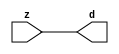

//------> ./rtl_mgc_ioport.v 
//------------------------------------------------------------------
//                M G C _ I O P O R T _ C O M P S
//------------------------------------------------------------------

//------------------------------------------------------------------
//                       M O D U L E S
//------------------------------------------------------------------

//------------------------------------------------------------------
//-- INPUT ENTITIES
//------------------------------------------------------------------

module mgc_in_wire (d, z);

  parameter integer rscid = 1;
  parameter integer width = 8;

  output [width-1:0] d;
  input  [width-1:0] z;

  wire   [width-1:0] d;

  assign d = z;

endmodule

//------------------------------------------------------------------

module mgc_in_wire_en (ld, d, lz, z);

  parameter integer rscid = 1;
  parameter integer width = 8;

  input              ld;
  output [width-1:0] d;
  output             lz;
  input  [width-1:0] z;

  wire   [width-1:0] d;
  wire               lz;

  assign d = z;
  assign lz = ld;

endmodule

//------------------------------------------------------------------

module mgc_in_wire_wait (ld, vd, d, lz, vz, z);

  parameter integer rscid = 1;
  parameter integer width = 8;

  input              ld;
  output             vd;
  output [width-1:0] d;
  output             lz;
  input              vz;
  input  [width-1:0] z;

  wire               vd;
  wire   [width-1:0] d;
  wire               lz;

  assign d = z;
  assign lz = ld;
  assign vd = vz;

endmodule
//------------------------------------------------------------------

module mgc_chan_in (ld, vd, d, lz, vz, z, size, req_size, sizez, sizelz);

  parameter integer rscid = 1;
  parameter integer width = 8;
  parameter integer sz_width = 8;

  input              ld;
  output             vd;
  output [width-1:0] d;
  output             lz;
  input              vz;
  input  [width-1:0] z;
  output [sz_width-1:0] size;
  input              req_size;
  input  [sz_width-1:0] sizez;
  output             sizelz;


  wire               vd;
  wire   [width-1:0] d;
  wire               lz;
  wire   [sz_width-1:0] size;
  wire               sizelz;

  assign d = z;
  assign lz = ld;
  assign vd = vz;
  assign size = sizez;
  assign sizelz = req_size;

endmodule


//------------------------------------------------------------------
//-- OUTPUT ENTITIES
//------------------------------------------------------------------

module mgc_out_stdreg (d, z);

  parameter integer rscid = 1;
  parameter integer width = 8;

  input    [width-1:0] d;
  output   [width-1:0] z;

  wire     [width-1:0] z;

  assign z = d;

endmodule

//------------------------------------------------------------------

module mgc_out_stdreg_en (ld, d, lz, z);

  parameter integer rscid = 1;
  parameter integer width = 8;

  input              ld;
  input  [width-1:0] d;
  output             lz;
  output [width-1:0] z;

  wire               lz;
  wire   [width-1:0] z;

  assign z = d;
  assign lz = ld;

endmodule

//------------------------------------------------------------------

module mgc_out_stdreg_wait (ld, vd, d, lz, vz, z);

  parameter integer rscid = 1;
  parameter integer width = 8;

  input              ld;
  output             vd;
  input  [width-1:0] d;
  output             lz;
  input              vz;
  output [width-1:0] z;

  wire               vd;
  wire               lz;
  wire   [width-1:0] z;

  assign z = d;
  assign lz = ld;
  assign vd = vz;

endmodule

//------------------------------------------------------------------

module mgc_out_prereg_en (ld, d, lz, z);

    parameter integer rscid = 1;
    parameter integer width = 8;

    input              ld;
    input  [width-1:0] d;
    output             lz;
    output [width-1:0] z;

    wire               lz;
    wire   [width-1:0] z;

    assign z = d;
    assign lz = ld;

endmodule

//------------------------------------------------------------------
//-- INOUT ENTITIES
//------------------------------------------------------------------

module mgc_inout_stdreg_en (ldin, din, ldout, dout, lzin, lzout, z);

    parameter integer rscid = 1;
    parameter integer width = 8;

    input              ldin;
    output [width-1:0] din;
    input              ldout;
    input  [width-1:0] dout;
    output             lzin;
    output             lzout;
    inout  [width-1:0] z;

    wire   [width-1:0] din;
    wire               lzin;
    wire               lzout;
    wire   [width-1:0] z;

    assign lzin = ldin;
    assign din = ldin ? z : {width{1'bz}};
    assign lzout = ldout;
    assign z = ldout ? dout : {width{1'bz}};

endmodule

//------------------------------------------------------------------
module hid_tribuf( I_SIG, ENABLE, O_SIG);
  parameter integer width = 8;

  input [width-1:0] I_SIG;
  input ENABLE;
  inout [width-1:0] O_SIG;

  assign O_SIG = (ENABLE) ? I_SIG : { width{1'bz}};

endmodule
//------------------------------------------------------------------

module mgc_inout_stdreg_wait (ldin, vdin, din, ldout, vdout, dout, lzin, vzin, lzout, vzout, z);

    parameter integer rscid = 1;
    parameter integer width = 8;

    input              ldin;
    output             vdin;
    output [width-1:0] din;
    input              ldout;
    output             vdout;
    input  [width-1:0] dout;
    output             lzin;
    input              vzin;
    output             lzout;
    input              vzout;
    inout  [width-1:0] z;

    wire               vdin;
    wire   [width-1:0] din;
    wire               vdout;
    wire               lzin;
    wire               lzout;
    wire   [width-1:0] z;
    wire   ldout_and_vzout;

    assign lzin = ldin;
    assign vdin = vzin;
    assign din = ldin ? z : {width{1'bz}};
    assign lzout = ldout;
    assign vdout = vzout ;
    assign ldout_and_vzout = ldout && vzout ;

    hid_tribuf #(width) tb( .I_SIG(dout),
                            .ENABLE(ldout_and_vzout),
                            .O_SIG(z) );

endmodule

//------------------------------------------------------------------

module mgc_inout_buf_wait (clk, en, arst, srst, ldin, vdin, din, ldout, vdout, dout, lzin, vzin, lzout, vzout, z);

    parameter integer rscid   = 0; // resource ID
    parameter integer width   = 8; // fifo width
    parameter         ph_clk  =  1'b1; // clock polarity 1=rising edge, 0=falling edge
    parameter         ph_en   =  1'b1; // clock enable polarity
    parameter         ph_arst =  1'b1; // async reset polarity
    parameter         ph_srst =  1'b1; // sync reset polarity

    input              clk;
    input              en;
    input              arst;
    input              srst;
    input              ldin;
    output             vdin;
    output [width-1:0] din;
    input              ldout;
    output             vdout;
    input  [width-1:0] dout;
    output             lzin;
    input              vzin;
    output             lzout;
    input              vzout;
    inout  [width-1:0] z;

    wire               lzout_buf;
    wire               vzout_buf;
    wire   [width-1:0] z_buf;
    wire               vdin;
    wire   [width-1:0] din;
    wire               vdout;
    wire               lzin;
    wire               lzout;
    wire   [width-1:0] z;

    assign lzin = ldin;
    assign vdin = vzin;
    assign din = ldin ? z : {width{1'bz}};
    assign lzout = lzout_buf & ~ldin;
    assign vzout_buf = vzout & ~ldin;
    hid_tribuf #(width) tb( .I_SIG(z_buf),
                            .ENABLE((lzout_buf && (!ldin) && vzout) ),
                            .O_SIG(z)  );

    mgc_out_buf_wait
    #(
        .rscid   (rscid),
        .width   (width),
        .ph_clk  (ph_clk),
        .ph_en   (ph_en),
        .ph_arst (ph_arst),
        .ph_srst (ph_srst)
    )
    BUFF
    (
        .clk     (clk),
        .en      (en),
        .arst    (arst),
        .srst    (srst),
        .ld      (ldout),
        .vd      (vdout),
        .d       (dout),
        .lz      (lzout_buf),
        .vz      (vzout_buf),
        .z       (z_buf)
    );


endmodule

module mgc_inout_fifo_wait (clk, en, arst, srst, ldin, vdin, din, ldout, vdout, dout, lzin, vzin, lzout, vzout, z);

    parameter integer rscid   = 0; // resource ID
    parameter integer width   = 8; // fifo width
    parameter integer fifo_sz = 8; // fifo depth
    parameter         ph_clk  = 1'b1;  // clock polarity 1=rising edge, 0=falling edge
    parameter         ph_en   = 1'b1;  // clock enable polarity
    parameter         ph_arst = 1'b1;  // async reset polarity
    parameter         ph_srst = 1'b1;  // sync reset polarity
    parameter integer ph_log2 = 3;     // log2(fifo_sz)
    parameter integer pwropt  = 0;     // pwropt

    input              clk;
    input              en;
    input              arst;
    input              srst;
    input              ldin;
    output             vdin;
    output [width-1:0] din;
    input              ldout;
    output             vdout;
    input  [width-1:0] dout;
    output             lzin;
    input              vzin;
    output             lzout;
    input              vzout;
    inout  [width-1:0] z;

    wire               lzout_buf;
    wire               vzout_buf;
    wire   [width-1:0] z_buf;
    wire               comb;
    wire               vdin;
    wire   [width-1:0] din;
    wire               vdout;
    wire               lzin;
    wire               lzout;
    wire   [width-1:0] z;

    assign lzin = ldin;
    assign vdin = vzin;
    assign din = ldin ? z : {width{1'bz}};
    assign lzout = lzout_buf & ~ldin;
    assign vzout_buf = vzout & ~ldin;
    assign comb = (lzout_buf && (!ldin) && vzout);

    hid_tribuf #(width) tb2( .I_SIG(z_buf), .ENABLE(comb), .O_SIG(z)  );

    mgc_out_fifo_wait
    #(
        .rscid   (rscid),
        .width   (width),
        .fifo_sz (fifo_sz),
        .ph_clk  (ph_clk),
        .ph_en   (ph_en),
        .ph_arst (ph_arst),
        .ph_srst (ph_srst),
        .ph_log2 (ph_log2),
        .pwropt  (pwropt)
    )
    FIFO
    (
        .clk   (clk),
        .en      (en),
        .arst    (arst),
        .srst    (srst),
        .ld      (ldout),
        .vd      (vdout),
        .d       (dout),
        .lz      (lzout_buf),
        .vz      (vzout_buf),
        .z       (z_buf)
    );

endmodule

//------------------------------------------------------------------
//-- I/O SYNCHRONIZATION ENTITIES
//------------------------------------------------------------------

module mgc_io_sync (ld, lz);

    input  ld;
    output lz;

    assign lz = ld;

endmodule

module mgc_bsync_rdy (rd, rz);

    parameter integer rscid   = 0; // resource ID
    parameter ready = 1;
    parameter valid = 0;

    input  rd;
    output rz;

    wire   rz;

    assign rz = rd;

endmodule

module mgc_bsync_vld (vd, vz);

    parameter integer rscid   = 0; // resource ID
    parameter ready = 0;
    parameter valid = 1;

    output vd;
    input  vz;

    wire   vd;

    assign vd = vz;

endmodule

module mgc_bsync_rv (rd, vd, rz, vz);

    parameter integer rscid   = 0; // resource ID
    parameter ready = 1;
    parameter valid = 1;

    input  rd;
    output vd;
    output rz;
    input  vz;

    wire   vd;
    wire   rz;

    assign rz = rd;
    assign vd = vz;

endmodule

//------------------------------------------------------------------

module mgc_sync (ldin, vdin, ldout, vdout);

  input  ldin;
  output vdin;
  input  ldout;
  output vdout;

  wire   vdin;
  wire   vdout;

  assign vdin = ldout;
  assign vdout = ldin;

endmodule

///////////////////////////////////////////////////////////////////////////////
// dummy function used to preserve funccalls for modulario
// it looks like a memory read to the caller
///////////////////////////////////////////////////////////////////////////////
module funccall_inout (d, ad, bd, z, az, bz);

  parameter integer ram_id = 1;
  parameter integer width = 8;
  parameter integer addr_width = 8;

  output [width-1:0]       d;
  input  [addr_width-1:0]  ad;
  input                    bd;
  input  [width-1:0]       z;
  output [addr_width-1:0]  az;
  output                   bz;

  wire   [width-1:0]       d;
  wire   [addr_width-1:0]  az;
  wire                     bz;

  assign d  = z;
  assign az = ad;
  assign bz = bd;

endmodule


///////////////////////////////////////////////////////////////////////////////
// inlinable modular io not otherwise found in mgc_ioport
///////////////////////////////////////////////////////////////////////////////

module modulario_en_in (vd, d, vz, z);

  parameter integer rscid = 1;
  parameter integer width = 8;

  output             vd;
  output [width-1:0] d;
  input              vz;
  input  [width-1:0] z;

  wire   [width-1:0] d;
  wire               vd;

  assign d = z;
  assign vd = vz;

endmodule

//------> ./rtl_mgc_ioport_v2001.v 
//------------------------------------------------------------------

module mgc_out_reg_pos (clk, en, arst, srst, ld, d, lz, z);

    parameter integer rscid   = 1;
    parameter integer width   = 8;
    parameter         ph_en   =  1'b1;
    parameter         ph_arst =  1'b1;
    parameter         ph_srst =  1'b1;

    input              clk;
    input              en;
    input              arst;
    input              srst;
    input              ld;
    input  [width-1:0] d;
    output             lz;
    output [width-1:0] z;

    reg                lz;
    reg    [width-1:0] z;

    generate
    if (ph_arst == 1'b0)
    begin: NEG_ARST
        always @(posedge clk or negedge arst)
        if (arst == 1'b0)
        begin: B1
            lz <= 1'b0;
            z  <= {width{1'b0}};
        end
        else if (srst == ph_srst)
        begin: B2
            lz <= 1'b0;
            z  <= {width{1'b0}};
        end
        else if (en == ph_en)
        begin: B3
            lz <= ld;
            z  <= (ld) ? d : z;
        end
    end
    else
    begin: POS_ARST
        always @(posedge clk or posedge arst)
        if (arst == 1'b1)
        begin: B1
            lz <= 1'b0;
            z  <= {width{1'b0}};
        end
        else if (srst == ph_srst)
        begin: B2
            lz <= 1'b0;
            z  <= {width{1'b0}};
        end
        else if (en == ph_en)
        begin: B3
            lz <= ld;
            z  <= (ld) ? d : z;
        end
    end
    endgenerate

endmodule

//------------------------------------------------------------------

module mgc_out_reg_neg (clk, en, arst, srst, ld, d, lz, z);

    parameter integer rscid   = 1;
    parameter integer width   = 8;
    parameter         ph_en   =  1'b1;
    parameter         ph_arst =  1'b1;
    parameter         ph_srst =  1'b1;

    input              clk;
    input              en;
    input              arst;
    input              srst;
    input              ld;
    input  [width-1:0] d;
    output             lz;
    output [width-1:0] z;

    reg                lz;
    reg    [width-1:0] z;

    generate
    if (ph_arst == 1'b0)
    begin: NEG_ARST
        always @(negedge clk or negedge arst)
        if (arst == 1'b0)
        begin: B1
            lz <= 1'b0;
            z  <= {width{1'b0}};
        end
        else if (srst == ph_srst)
        begin: B2
            lz <= 1'b0;
            z  <= {width{1'b0}};
        end
        else if (en == ph_en)
        begin: B3
            lz <= ld;
            z  <= (ld) ? d : z;
        end
    end
    else
    begin: POS_ARST
        always @(negedge clk or posedge arst)
        if (arst == 1'b1)
        begin: B1
            lz <= 1'b0;
            z  <= {width{1'b0}};
        end
        else if (srst == ph_srst)
        begin: B2
            lz <= 1'b0;
            z  <= {width{1'b0}};
        end
        else if (en == ph_en)
        begin: B3
            lz <= ld;
            z  <= (ld) ? d : z;
        end
    end
    endgenerate

endmodule

//------------------------------------------------------------------

module mgc_out_reg (clk, en, arst, srst, ld, d, lz, z); // Not Supported

    parameter integer rscid   = 1;
    parameter integer width   = 8;
    parameter         ph_clk  =  1'b1;
    parameter         ph_en   =  1'b1;
    parameter         ph_arst =  1'b1;
    parameter         ph_srst =  1'b1;

    input              clk;
    input              en;
    input              arst;
    input              srst;
    input              ld;
    input  [width-1:0] d;
    output             lz;
    output [width-1:0] z;


    generate
    if (ph_clk == 1'b0)
    begin: NEG_EDGE

        mgc_out_reg_neg
        #(
            .rscid   (rscid),
            .width   (width),
            .ph_en   (ph_en),
            .ph_arst (ph_arst),
            .ph_srst (ph_srst)
        )
        mgc_out_reg_neg_inst
        (
            .clk     (clk),
            .en      (en),
            .arst    (arst),
            .srst    (srst),
            .ld      (ld),
            .d       (d),
            .lz      (lz),
            .z       (z)
        );

    end
    else
    begin: POS_EDGE

        mgc_out_reg_pos
        #(
            .rscid   (rscid),
            .width   (width),
            .ph_en   (ph_en),
            .ph_arst (ph_arst),
            .ph_srst (ph_srst)
        )
        mgc_out_reg_pos_inst
        (
            .clk     (clk),
            .en      (en),
            .arst    (arst),
            .srst    (srst),
            .ld      (ld),
            .d       (d),
            .lz      (lz),
            .z       (z)
        );

    end
    endgenerate

endmodule




//------------------------------------------------------------------

module mgc_out_buf_wait (clk, en, arst, srst, ld, vd, d, vz, lz, z); // Not supported

    parameter integer rscid   = 1;
    parameter integer width   = 8;
    parameter         ph_clk  =  1'b1;
    parameter         ph_en   =  1'b1;
    parameter         ph_arst =  1'b1;
    parameter         ph_srst =  1'b1;

    input              clk;
    input              en;
    input              arst;
    input              srst;
    input              ld;
    output             vd;
    input  [width-1:0] d;
    output             lz;
    input              vz;
    output [width-1:0] z;

    wire               filled;
    wire               filled_next;
    wire   [width-1:0] abuf;
    wire               lbuf;


    assign filled_next = (filled & (~vz)) | (filled & ld) | (ld & (~vz));

    assign lbuf = ld & ~(filled ^ vz);

    assign vd = vz | ~filled;

    assign lz = ld | filled;

    assign z = (filled) ? abuf : d;

    wire dummy;
    wire dummy_bufreg_lz;

    // Output registers:
    mgc_out_reg
    #(
        .rscid   (rscid),
        .width   (1'b1),
        .ph_clk  (ph_clk),
        .ph_en   (ph_en),
        .ph_arst (ph_arst),
        .ph_srst (ph_srst)
    )
    STATREG
    (
        .clk     (clk),
        .en      (en),
        .arst    (arst),
        .srst    (srst),
        .ld      (filled_next),
        .d       (1'b0),       // input d is unused
        .lz      (filled),
        .z       (dummy)            // output z is unused
    );

    mgc_out_reg
    #(
        .rscid   (rscid),
        .width   (width),
        .ph_clk  (ph_clk),
        .ph_en   (ph_en),
        .ph_arst (ph_arst),
        .ph_srst (ph_srst)
    )
    BUFREG
    (
        .clk     (clk),
        .en      (en),
        .arst    (arst),
        .srst    (srst),
        .ld      (lbuf),
        .d       (d),
        .lz      (dummy_bufreg_lz),
        .z       (abuf)
    );

endmodule

//------------------------------------------------------------------

module mgc_out_fifo_wait (clk, en, arst, srst, ld, vd, d, lz, vz,  z);

    parameter integer rscid   = 0; // resource ID
    parameter integer width   = 8; // fifo width
    parameter integer fifo_sz = 8; // fifo depth
    parameter         ph_clk  = 1'b1; // clock polarity 1=rising edge, 0=falling edge
    parameter         ph_en   = 1'b1; // clock enable polarity
    parameter         ph_arst = 1'b1; // async reset polarity
    parameter         ph_srst = 1'b1; // sync reset polarity
    parameter integer ph_log2 = 3; // log2(fifo_sz)
    parameter integer pwropt  = 0; // pwropt


    input                 clk;
    input                 en;
    input                 arst;
    input                 srst;
    input                 ld;    // load data
    output                vd;    // fifo full active low
    input     [width-1:0] d;
    output                lz;    // fifo ready to send
    input                 vz;    // dest ready for data
    output    [width-1:0] z;

    wire    [31:0]      size;


      // Output registers:
 mgc_out_fifo_wait_core#(
        .rscid   (rscid),
        .width   (width),
        .sz_width (32),
        .fifo_sz (fifo_sz),
        .ph_clk  (ph_clk),
        .ph_en   (ph_en),
        .ph_arst (ph_arst),
        .ph_srst (ph_srst),
        .ph_log2 (ph_log2),
        .pwropt  (pwropt)
        ) CORE (
        .clk (clk),
        .en (en),
        .arst (arst),
        .srst (srst),
        .ld (ld),
        .vd (vd),
        .d (d),
        .lz (lz),
        .vz (vz),
        .z (z),
        .size (size)
        );

endmodule



module mgc_out_fifo_wait_core (clk, en, arst, srst, ld, vd, d, lz, vz,  z, size);

    parameter integer rscid   = 0; // resource ID
    parameter integer width   = 8; // fifo width
    parameter integer sz_width = 8; // size of port for elements in fifo
    parameter integer fifo_sz = 8; // fifo depth
    parameter         ph_clk  =  1'b1; // clock polarity 1=rising edge, 0=falling edge
    parameter         ph_en   =  1'b1; // clock enable polarity
    parameter         ph_arst =  1'b1; // async reset polarity
    parameter         ph_srst =  1'b1; // sync reset polarity
    parameter integer ph_log2 = 3; // log2(fifo_sz)
    parameter integer pwropt  = 0; // pwropt

   localparam integer  fifo_b = width * fifo_sz;

    input                 clk;
    input                 en;
    input                 arst;
    input                 srst;
    input                 ld;    // load data
    output                vd;    // fifo full active low
    input     [width-1:0] d;
    output                lz;    // fifo ready to send
    input                 vz;    // dest ready for data
    output    [width-1:0] z;
    output    [sz_width-1:0]      size;

    reg      [( (fifo_sz > 0) ? fifo_sz : 1)-1:0] stat_pre;
    wire     [( (fifo_sz > 0) ? fifo_sz : 1)-1:0] stat;
    reg      [( (fifo_b > 0) ? fifo_b : 1)-1:0] buff_pre;
    wire     [( (fifo_b > 0) ? fifo_b : 1)-1:0] buff;
    reg      [( (fifo_sz > 0) ? fifo_sz : 1)-1:0] en_l;
    reg      [(((fifo_sz > 0) ? fifo_sz : 1)-1)/8:0] en_l_s;

    reg       [width-1:0] buff_nxt;

    reg                   stat_nxt;
    reg                   stat_before;
    reg                   stat_after;
    reg                   en_l_var;

    integer               i;
    genvar                eni;

    wire [32:0]           size_t;
    reg [31:0]            count;
    reg [31:0]            count_t;
    reg [32:0]            n_elem;
// pragma translate_off
    reg [31:0]            peak;
// pragma translate_on

    wire [( (fifo_sz > 0) ? fifo_sz : 1)-1:0] dummy_statreg_lz;
    wire [( (fifo_b > 0) ? fifo_b : 1)-1:0] dummy_bufreg_lz;

    generate
    if ( fifo_sz > 0 )
    begin: FIFO_REG
      assign vd = vz | ~stat[0];
      assign lz = ld | stat[fifo_sz-1];
      assign size_t = (count - (vz && stat[fifo_sz-1])) + ld;
      assign size = size_t[sz_width-1:0];
      assign z = (stat[fifo_sz-1]) ? buff[fifo_b-1:width*(fifo_sz-1)] : d;

      always @(*)
      begin: FIFOPROC
        n_elem = 33'b0;
        for (i = fifo_sz-1; i >= 0; i = i - 1)
        begin
          if (i != 0)
            stat_before = stat[i-1];
          else
            stat_before = 1'b0;

          if (i != (fifo_sz-1))
            stat_after = stat[i+1];
          else
            stat_after = 1'b1;

          stat_nxt = stat_after &
                    (stat_before | (stat[i] & (~vz)) | (stat[i] & ld) | (ld & (~vz)));

          stat_pre[i] = stat_nxt;
          en_l_var = 1'b1;
          if (!stat_nxt)
            begin
              buff_nxt = {width{1'b0}};
              en_l_var = 1'b0;
            end
          else if (vz && stat_before)
            buff_nxt[0+:width] = buff[width*(i-1)+:width];
          else if (ld && !((vz && stat_before) || ((!vz) && stat[i])))
            buff_nxt = d;
          else
            begin
              if (pwropt == 0)
                buff_nxt[0+:width] = buff[width*i+:width];
              else
                buff_nxt = {width{1'b0}};
              en_l_var = 1'b0;
            end

          if (ph_en != 0)
            en_l[i] = en & en_l_var;
          else
            en_l[i] = en | ~en_l_var;

          buff_pre[width*i+:width] = buff_nxt[0+:width];

          if ((stat_after == 1'b1) && (stat[i] == 1'b0))
            n_elem = ($unsigned(fifo_sz) - 1) - i;
        end

        if (ph_en != 0)
          en_l_s[(((fifo_sz > 0) ? fifo_sz : 1)-1)/8] = 1'b1;
        else
          en_l_s[(((fifo_sz > 0) ? fifo_sz : 1)-1)/8] = 1'b0;

        for (i = fifo_sz-1; i >= 7; i = i - 1)
        begin
          if ((i%'d2) == 0)
          begin
            if (ph_en != 0)
              en_l_s[(i/8)-1] = en & (stat[i]|stat_pre[i-1]);
            else
              en_l_s[(i/8)-1] = en | ~(stat[i]|stat_pre[i-1]);
          end
        end

        if ( stat[fifo_sz-1] == 1'b0 )
          count_t = 32'b0;
        else if ( stat[0] == 1'b1 )
          count_t = { {(32-ph_log2){1'b0}}, fifo_sz};
        else
          count_t = n_elem[31:0];
        count = count_t;
// pragma translate_off
        if ( peak < count )
          peak = count;
// pragma translate_on
      end

      if (pwropt == 0)
      begin: NOCGFIFO
        // Output registers:
        mgc_out_reg
        #(
            .rscid   (rscid),
            .width   (fifo_sz),
            .ph_clk  (ph_clk),
            .ph_en   (ph_en),
            .ph_arst (ph_arst),
            .ph_srst (ph_srst)
        )
        STATREG
        (
            .clk     (clk),
            .en      (en),
            .arst    (arst),
            .srst    (srst),
            .ld      (1'b1),
            .d       (stat_pre),
            .lz      (dummy_statreg_lz[0]),
            .z       (stat)
        );
        mgc_out_reg
        #(
            .rscid   (rscid),
            .width   (fifo_b),
            .ph_clk  (ph_clk),
            .ph_en   (ph_en),
            .ph_arst (ph_arst),
            .ph_srst (ph_srst)
        )
        BUFREG
        (
            .clk     (clk),
            .en      (en),
            .arst    (arst),
            .srst    (srst),
            .ld      (1'b1),
            .d       (buff_pre),
            .lz      (dummy_bufreg_lz[0]),
            .z       (buff)
        );
      end
      else
      begin: CGFIFO
        // Output registers:
        if ( pwropt > 1)
        begin: CGSTATFIFO2
          for (eni = fifo_sz-1; eni >= 0; eni = eni - 1)
          begin: pwroptGEN1
            mgc_out_reg
            #(
              .rscid   (rscid),
              .width   (1),
              .ph_clk  (ph_clk),
              .ph_en   (ph_en),
              .ph_arst (ph_arst),
              .ph_srst (ph_srst)
            )
            STATREG
            (
              .clk     (clk),
              .en      (en_l_s[eni/8]),
              .arst    (arst),
              .srst    (srst),
              .ld      (1'b1),
              .d       (stat_pre[eni]),
              .lz      (dummy_statreg_lz[eni]),
              .z       (stat[eni])
            );
          end
        end
        else
        begin: CGSTATFIFO
          mgc_out_reg
          #(
            .rscid   (rscid),
            .width   (fifo_sz),
            .ph_clk  (ph_clk),
            .ph_en   (ph_en),
            .ph_arst (ph_arst),
            .ph_srst (ph_srst)
          )
          STATREG
          (
            .clk     (clk),
            .en      (en),
            .arst    (arst),
            .srst    (srst),
            .ld      (1'b1),
            .d       (stat_pre),
            .lz      (dummy_statreg_lz[0]),
            .z       (stat)
          );
        end
        for (eni = fifo_sz-1; eni >= 0; eni = eni - 1)
        begin: pwroptGEN2
          mgc_out_reg
          #(
            .rscid   (rscid),
            .width   (width),
            .ph_clk  (ph_clk),
            .ph_en   (ph_en),
            .ph_arst (ph_arst),
            .ph_srst (ph_srst)
          )
          BUFREG
          (
            .clk     (clk),
            .en      (en_l[eni]),
            .arst    (arst),
            .srst    (srst),
            .ld      (1'b1),
            .d       (buff_pre[width*eni+:width]),
            .lz      (dummy_bufreg_lz[eni]),
            .z       (buff[width*eni+:width])
          );
        end
      end
    end
    else
    begin: FEED_THRU
      assign vd = vz;
      assign lz = ld;
      assign z = d;
      assign size = ld && !vz;
    end
    endgenerate

endmodule

//------------------------------------------------------------------
//-- PIPE ENTITIES
//------------------------------------------------------------------
/*
 *
 *             _______________________________________________
 * WRITER    |                                               |          READER
 *           |           MGC_PIPE                            |
 *           |           __________________________          |
 *        --<| vdout  --<| vd ---------------  vz<|-----ldin<|---
 *           |           |      FIFO              |          |
 *        ---|>ldout  ---|>ld ---------------- lz |> ---vdin |>--
 *        ---|>dout -----|>d  ---------------- dz |> ----din |>--
 *           |           |________________________|          |
 *           |_______________________________________________|
 */
// two clock pipe
module mgc_pipe (clk, en, arst, srst, ldin, vdin, din, ldout, vdout, dout, size, req_size);

    parameter integer rscid   = 0; // resource ID
    parameter integer width   = 8; // fifo width
    parameter integer sz_width = 8; // width of size of elements in fifo
    parameter integer fifo_sz = 8; // fifo depth
    parameter integer log2_sz = 3; // log2(fifo_sz)
    parameter         ph_clk  = 1'b1;  // clock polarity 1=rising edge, 0=falling edge
    parameter         ph_en   = 1'b1;  // clock enable polarity
    parameter         ph_arst = 1'b1;  // async reset polarity
    parameter         ph_srst = 1'b1;  // sync reset polarity
    parameter integer pwropt  = 0; // pwropt

    input              clk;
    input              en;
    input              arst;
    input              srst;
    input              ldin;
    output             vdin;
    output [width-1:0] din;
    input              ldout;
    output             vdout;
    input  [width-1:0] dout;
    output [sz_width-1:0]      size;
    input              req_size;


    mgc_out_fifo_wait_core
    #(
        .rscid    (rscid),
        .width    (width),
        .sz_width (sz_width),
        .fifo_sz  (fifo_sz),
        .ph_clk   (ph_clk),
        .ph_en    (ph_en),
        .ph_arst  (ph_arst),
        .ph_srst  (ph_srst),
        .ph_log2  (log2_sz),
        .pwropt   (pwropt)
    )
    FIFO
    (
        .clk     (clk),
        .en      (en),
        .arst    (arst),
        .srst    (srst),
        .ld      (ldout),
        .vd      (vdout),
        .d       (dout),
        .lz      (vdin),
        .vz      (ldin),
        .z       (din),
        .size    (size)
    );

endmodule


//------> ./rtl.v 
// ----------------------------------------------------------------------
//  HLS HDL:        Verilog Netlister
//  HLS Version:    2011a.126 Production Release
//  HLS Date:       Wed Aug  8 00:52:07 PDT 2012
// 
//  Generated by:   apl115@EEWS104A-017
//  Generated date: Tue May 10 14:05:01 2016
// ----------------------------------------------------------------------

// 
// ------------------------------------------------------------------
//  Design Unit:    redobject_core_fsm
//  FSM Module
// ------------------------------------------------------------------


module redobject_core_fsm (
  clk, rst, fsm_output
);
  input clk;
  input rst;
  output [1:0] fsm_output;
  reg [1:0] fsm_output;


  // FSM State Type Declaration for redobject_core_fsm_1
  parameter
    st_main = 1'd0,
    st_main_1 = 1'd1,
    state_x = 1'b0;

  reg [0:0] state_var;
  reg [0:0] state_var_NS;


  // Interconnect Declarations for Component Instantiations 
  always @(*)
  begin : redobject_core_fsm_1
    case (state_var)
      st_main : begin
        fsm_output = 2'b1;
        state_var_NS = st_main_1;
      end
      st_main_1 : begin
        fsm_output = 2'b10;
        state_var_NS = st_main;
      end
      default : begin
        fsm_output = 2'b00;
        state_var_NS = st_main;
      end
    endcase
  end

  always @(posedge clk) begin
    if ( rst ) begin
      state_var <= st_main;
    end
    else begin
      state_var <= state_var_NS;
    end
  end

endmodule

// ------------------------------------------------------------------
//  Design Unit:    redobject_core
// ------------------------------------------------------------------


module redobject_core (
  clk, rst, VGA_VS_rsc_mgc_in_wire_d, vga_xy_rsc_mgc_in_wire_d, video_in_rsc_mgc_in_wire_d,
      player1y_rsc_mgc_out_stdreg_d
);
  input clk;
  input rst;
  input VGA_VS_rsc_mgc_in_wire_d;
  input [19:0] vga_xy_rsc_mgc_in_wire_d;
  input [29:0] video_in_rsc_mgc_in_wire_d;
  output [9:0] player1y_rsc_mgc_out_stdreg_d;
  reg [9:0] player1y_rsc_mgc_out_stdreg_d;


  // Interconnect Declarations
  wire [1:0] fsm_output;
  reg findpixelred_sva;
  reg [9:0] redobjy_sva;
  wire findpixelred_sva_dfm;
  wire nor_cse;
  wire [10:0] aif_1_acc_itm;
  wire [11:0] nl_aif_1_acc_itm;
  wire [10:0] aif_acc_itm;
  wire [11:0] nl_aif_acc_itm;
  wire [6:0] if_1_acc_itm;
  wire [7:0] nl_if_1_acc_itm;
  wire [9:0] vga_y_sva;
  wire [10:0] nl_vga_y_sva;


  // Interconnect Declarations for Component Instantiations 
  redobject_core_fsm redobject_core_fsm_inst (
      .clk(clk),
      .rst(rst),
      .fsm_output(fsm_output)
    );
  assign nor_cse = ~((if_1_acc_itm[6]) | (aif_acc_itm[10]) | (aif_1_acc_itm[10]));
  assign nl_vga_y_sva = (vga_xy_rsc_mgc_in_wire_d[19:10]) + 10'b1111011101;
  assign vga_y_sva = nl_vga_y_sva[9:0];
  assign findpixelred_sva_dfm = findpixelred_sva | VGA_VS_rsc_mgc_in_wire_d;
  assign nl_aif_1_acc_itm = ({1'b1 , (~ (video_in_rsc_mgc_in_wire_d[9:0]))}) + 11'b110111001;
  assign aif_1_acc_itm = nl_aif_1_acc_itm[10:0];
  assign nl_aif_acc_itm = ({1'b1 , (~ (video_in_rsc_mgc_in_wire_d[19:10]))}) + 11'b1000001001;
  assign aif_acc_itm = nl_aif_acc_itm[10:0];
  assign nl_if_1_acc_itm = conv_u2u_6_7(video_in_rsc_mgc_in_wire_d[29:24]) + 7'b1001001;
  assign if_1_acc_itm = nl_if_1_acc_itm[6:0];
  always @(posedge clk) begin
    if ( rst ) begin
      player1y_rsc_mgc_out_stdreg_d <= 10'b0;
      redobjy_sva <= 10'b0;
      findpixelred_sva <= 1'b0;
    end
    else begin
      player1y_rsc_mgc_out_stdreg_d <= MUX1HOT_v_10_3_2({vga_y_sva , redobjy_sva
          , player1y_rsc_mgc_out_stdreg_d}, {(nor_cse & findpixelred_sva_dfm & (fsm_output[0]))
          , (nor_cse & (fsm_output[0]) & (~ findpixelred_sva) & (~ VGA_VS_rsc_mgc_in_wire_d))
          , ((if_1_acc_itm[6]) | (aif_acc_itm[10]) | (aif_1_acc_itm[10]) | (~ (fsm_output[0])))});
      redobjy_sva <= MUX_v_10_2_2({vga_y_sva , redobjy_sva}, (~(findpixelred_sva
          | VGA_VS_rsc_mgc_in_wire_d | (fsm_output[1]))) | (fsm_output[1]));
      findpixelred_sva <= MUX_s_1_2_2({findpixelred_sva , (findpixelred_sva_dfm &
          ((aif_1_acc_itm[10]) | (aif_acc_itm[10]) | (if_1_acc_itm[6])))}, fsm_output[0]);
    end
  end

  function [9:0] MUX1HOT_v_10_3_2;
    input [29:0] inputs;
    input [2:0] sel;
    reg [9:0] result;
    integer i;
  begin
    result = inputs[0+:10] & {10{sel[0]}};
    for( i = 1; i < 3; i = i + 1 )
      result = result | (inputs[i*10+:10] & {10{sel[i]}});
    MUX1HOT_v_10_3_2 = result;
  end
  endfunction


  function [9:0] MUX_v_10_2_2;
    input [19:0] inputs;
    input [0:0] sel;
    reg [9:0] result;
  begin
    case (sel)
      1'b0 : begin
        result = inputs[19:10];
      end
      1'b1 : begin
        result = inputs[9:0];
      end
      default : begin
        result = inputs[19:10];
      end
    endcase
    MUX_v_10_2_2 = result;
  end
  endfunction


  function [0:0] MUX_s_1_2_2;
    input [1:0] inputs;
    input [0:0] sel;
    reg [0:0] result;
  begin
    case (sel)
      1'b0 : begin
        result = inputs[1:1];
      end
      1'b1 : begin
        result = inputs[0:0];
      end
      default : begin
        result = inputs[1:1];
      end
    endcase
    MUX_s_1_2_2 = result;
  end
  endfunction


  function  [6:0] conv_u2u_6_7 ;
    input [5:0]  vector ;
  begin
    conv_u2u_6_7 = {1'b0, vector};
  end
  endfunction

endmodule

// ------------------------------------------------------------------
//  Design Unit:    redobject
//  Generated from file(s):
//    2) $PROJECT_HOME/vga_mouse_square.c
// ------------------------------------------------------------------


module redobject (
  VGA_VS_rsc_z, vga_xy_rsc_z, video_in_rsc_z, player1y_rsc_z, clk, rst
);
  input VGA_VS_rsc_z;
  input [19:0] vga_xy_rsc_z;
  input [29:0] video_in_rsc_z;
  output [9:0] player1y_rsc_z;
  input clk;
  input rst;


  // Interconnect Declarations
  wire VGA_VS_rsc_mgc_in_wire_d;
  wire [19:0] vga_xy_rsc_mgc_in_wire_d;
  wire [29:0] video_in_rsc_mgc_in_wire_d;
  wire [9:0] player1y_rsc_mgc_out_stdreg_d;


  // Interconnect Declarations for Component Instantiations 
  mgc_in_wire #(.rscid(1),
  .width(1)) VGA_VS_rsc_mgc_in_wire (
      .d(VGA_VS_rsc_mgc_in_wire_d),
      .z(VGA_VS_rsc_z)
    );
  mgc_in_wire #(.rscid(2),
  .width(20)) vga_xy_rsc_mgc_in_wire (
      .d(vga_xy_rsc_mgc_in_wire_d),
      .z(vga_xy_rsc_z)
    );
  mgc_in_wire #(.rscid(3),
  .width(30)) video_in_rsc_mgc_in_wire (
      .d(video_in_rsc_mgc_in_wire_d),
      .z(video_in_rsc_z)
    );
  mgc_out_stdreg #(.rscid(4),
  .width(10)) player1y_rsc_mgc_out_stdreg (
      .d(player1y_rsc_mgc_out_stdreg_d),
      .z(player1y_rsc_z)
    );
  redobject_core redobject_core_inst (
      .clk(clk),
      .rst(rst),
      .VGA_VS_rsc_mgc_in_wire_d(VGA_VS_rsc_mgc_in_wire_d),
      .vga_xy_rsc_mgc_in_wire_d(vga_xy_rsc_mgc_in_wire_d),
      .video_in_rsc_mgc_in_wire_d(video_in_rsc_mgc_in_wire_d),
      .player1y_rsc_mgc_out_stdreg_d(player1y_rsc_mgc_out_stdreg_d)
    );
endmodule